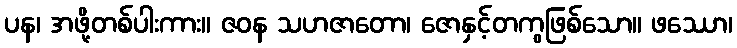
ပန၊ အဖို့တစ်ပါးကား။ ဇဝန သဟဇာတော၊ ဇောနှင့်တကွဖြစ်သော။ ဖဿော၊